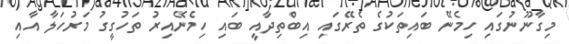
މިގާނޫނުގައި ހިމެނޭ ބައިތަކުގެ ތެރޭގައި އިބްތިދާއީ ބައި ހިމެނޭއިރު ތަހުގީގު މަރުހަލާ އާއި